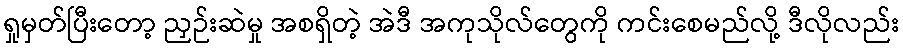
ရှုမှတ်ပြီးတော့ ညှဉ်းဆဲမှု အစရှိတဲ့ အဲဒီ အကုသိုလ်တွေကို ကင်းစေမည်လို့ ဒီလိုလည်း